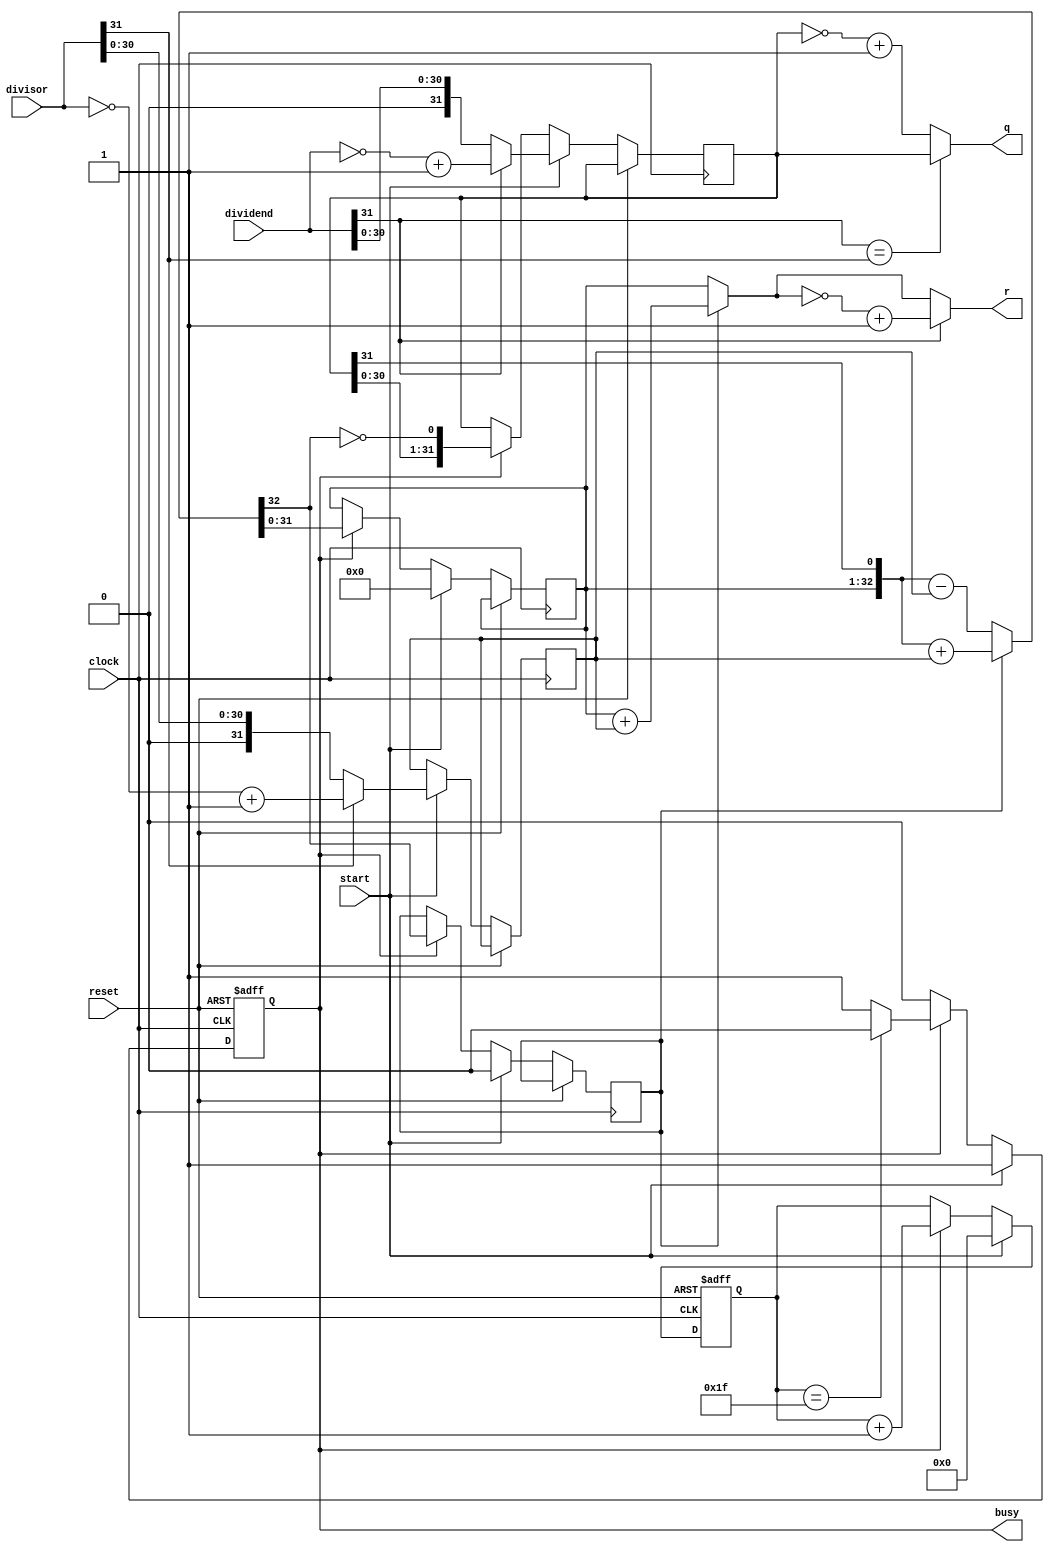
`timescale 1ns / 1ps

module DIV(
    input [31:0]dividend,       //               
    input [31:0]divisor,        //   
    input start,                //      
    input clock,      
    input reset,   
    output [31:0]q,             //      
    output [31:0]r,             //         
    output reg busy            // 
    );
    
    wire ready;
    reg[4:0] count;
    reg[31:0] reg_q;
    reg[31:0] reg_r;
    reg[31:0] reg_b;
    reg r_sign;
    
    wire [31:0] dividend_temp;
    wire [31:0] divisor_temp;
    wire [31:0] q_temp;
    wire [31:0] r_temp;
    
    assign dividend_temp=dividend[31]?(~dividend+1):dividend;
    assign divisor_temp=divisor[31]?(~divisor+1):divisor;
    
    wire[32:0] sub_add=r_sign?({reg_r,q_temp[31]}+{1'b0,reg_b}):({reg_r,q_temp[31]}-{1'b0,reg_b});
    assign r_temp=r_sign?reg_r+reg_b:reg_r;
    assign q_temp=reg_q;
    
    assign r=dividend[31]?(~r_temp+1):r_temp;
    assign q=(dividend[31]==divisor[31])?q_temp:(~q_temp+1);
    
    always @(posedge clock or posedge reset)
    begin
        if(reset)
        begin
            count<=5'b0;
            busy<=0;
        end
        else
        begin
            if(start)
            begin
                reg_r<=32'b0;
                r_sign<=0;
                reg_q<=dividend_temp;
                reg_b<=divisor_temp;
                count<=5'b0;
                busy<=1'b1;
            end
            else if(busy)
            begin
                reg_r<=sub_add[31:0];
                r_sign<=sub_add[32];
                reg_q<={reg_q[30:0],~sub_add[32]};
                count<=count+5'b1;
                if(count==5'd31)busy<=0;
            end
        end
    end 
endmodule